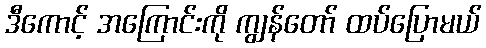
ဒီကောင့် အကြောင်းကို ကျွန်တော် ထပ်ပြောမယ်